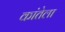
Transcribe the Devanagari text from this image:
कांतेला